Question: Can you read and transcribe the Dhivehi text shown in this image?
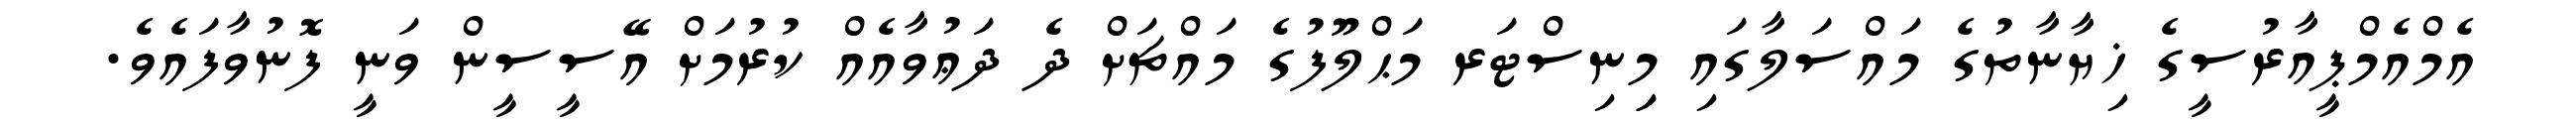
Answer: އެމްއެމްޕީއާރުސީގެ ޚިޔާނާތުގެ މައްސަލާގައި މިިނިސްޓަރ މަޙްލޫފުގެ މައްޗަށް ދެ ދަޢުވާއެއް ކުރުމަށް އޭސީސީން ވަނީ ފޮނުވާފައެވެ.